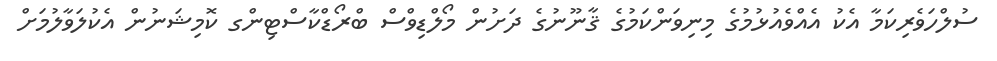
ސުލްހަވެރިކަމާ އެކު އެއްވެއުޅުމުގެ މިނިވަންކަމުގެ ޤާނޫނުގެ ދަށުން މޯލްޑިވްސް ބްރޯޑްކާސްޓިންގ ކޮމިޝަނުން އެކުލަވާލުމަށް